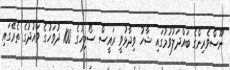
ނޫސްވެރިންގެ ބައްދަލުވުމުގައި ޝާހު ވިދާޅުވީ ރައީސް ސޯލިހުގެ 100 ދުވަހުގެ ވައުދުގެ ތެރޭގައި